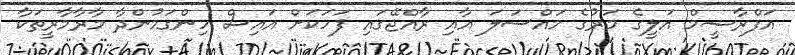
އަފްރާޝީމް އަލީގެ މަރުގެ މައްސަލަ އާއި ރާއްޖޭގައި ފަހަކަށް އައިސް ހިންގަމުންދާ މާރާމާރީތަކާ